Annual statistical returns and brief notes on vaccination in Bengal - 1896-1909
Year: 1896
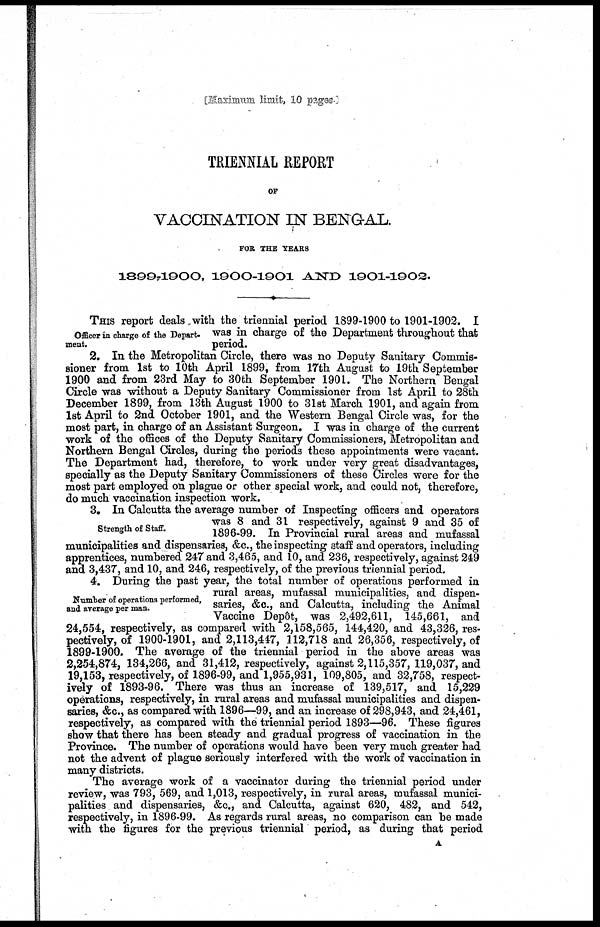
[Maximum limit, 10 pages.]
TRIENNIAL REPORT
OF
VACCINATION IN BENGAL.
FOR THE YEARS
1899-1900, 1900-1901 AND 1901-1902.
Officer in charge of the Depart-
ment.
THIS report deals with the triennial period 1899-1900 to 1901-1902. I
was in charge of the Department throughout that
period.
2. In the Metropolitan Circle, there was no Deputy Sanitary Commis-
sioner from 1st to 10th April 1899, from 17th August to 19th September
1900 and from 23rd May to 30th September 1901. The Northern Bengal
Circle was without a Deputy Sanitary Commissioner from 1st April to 28th
December 1899, from 13th August 1900 to 31st March 1901, and again from
1st April to 2nd October 1901, and the Western Bengal Circle was, for the
most part, in charge of an Assistant Surgeon. I was in charge of the current
work of the offices of the Deputy Sanitary Commissioners, Metropolitan and
Northern Bengal Circles, during the periods these appointments were vacant.
The Department had, therefore, to work under very great disadvantages,
specially as the Deputy Sanitary Commissioners of these Circles were for the
most part employed on plague or other special work, and could not, therefore,
do much vaccination inspection work.
Strength of Staff.
3. In Calcutta the average number of Inspecting officers and operators
was 8 and 31 respectively, against 9 and 35 of
1896-99. In Provincial rural areas and mufassal
municipalities and dispensaries, &c., the inspecting staff and operators, including
apprentices, numbered 247 and 3,465, and 10, and 236, respectively, against 249
and 3,437, and 10, and 246, respectively, of the previous triennial period.
Number of operations performed,
and average per man.
4. During the past year, the total number of operations performed in
rural areas, mufassal municipalities, and dispen-
saries, &c., and Calcutta, including the Animal
Vaccine Depôt, was 2,492,611, 145,661, and
24,554, respectively, as compared with 2,158,565, 144,420, and 43,326, res-
pectively, of 1900-1901, and 2,113,447, 112,718 and 26,356, respectively, of
1899-1900. The average of the triennial period in the above areas was
2,254,874, 134,266, and 31,412, respectively, against 2,115,357, 119,037, and
19,153, respectively, of 1896-99, and 1,955,931, 109,805, and 32,758, respect-
ively of 1893-96. There was thus an increase of 139,517, and 15,229
operations, respectively, in rural areas and mufassal municipalities and dispen-
saries, &c., as compared with 1896—99, and an increase of 298,943, and 24,461,
respectively, as compared with the triennial period 1893—96. These figures
show that there has been steady and gradual progress of vaccination in the
Province. The number of operations would have been very much greater had
not the advent of plague seriously interfered with the work of vaccination in
many districts.
The average work of a vaccinator during the triennial period under
review, was 793, 569, and 1,013, respectively, in rural areas, mufassal munici-
palities and dispensaries, &c., and Calcutta, against 620, 482, and 542,
respectively, in 1896-99. As regards rural areas, no comparison can be made
with the figures for the previous triennial period, as during that period
A